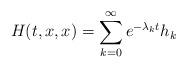
LaTeX: \begin{align*} H(t,x,x)=\sum_{k=0}^\infty e^{-\lambda_kt}h_k\end{align*}